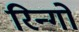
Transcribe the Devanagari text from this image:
रिन्गो